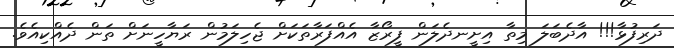
ދަރިފުޅާ!!! އާދެބަލަ މިތާ އިށީނދެލަން ފީރޯޒާ އެއްފަރާތަކަށް ޖެހިލަމުން ރަޔާހީނަށް ތަން ދެއްކިއެވެ.